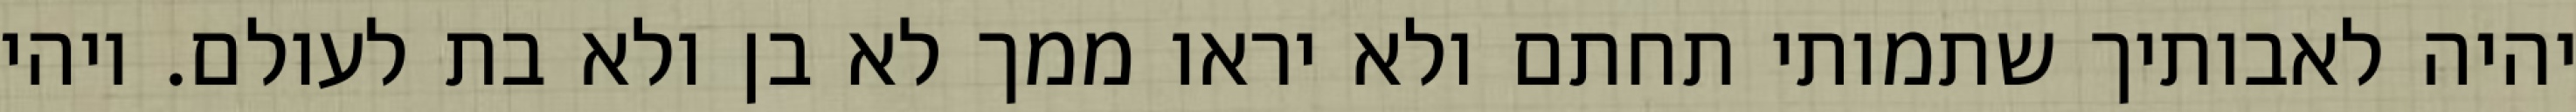
יהיה לאבותיך שתמותי תחתם ולא יראו ממך לא בן ולא בת לעולם. ויהי